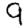
Digit: 9